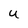
Character: U